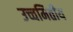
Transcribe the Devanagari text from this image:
उच्चमितीय